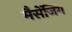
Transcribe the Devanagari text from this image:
मैसेंजिंग